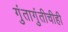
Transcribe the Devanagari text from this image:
गुंतागुंतीचीही